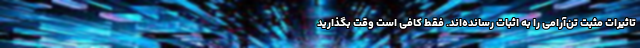
تاثیرات مثبت تن‌آرامی را به اثبات رسانده‌اند. فقط کافی است وقت بگذارید